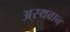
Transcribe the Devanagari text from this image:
अस्थवान